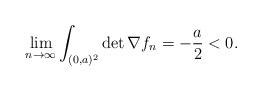
LaTeX: \begin{align*}\lim_{n\to\infty} \int_{(0,a)^2} \det \nabla f_n = - \frac{a}{2} < 0.\end{align*}